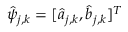
\hat { \psi } _ { j , k } = [ \hat { a } _ { j , k } , \hat { b } _ { j , k } ] ^ { T }